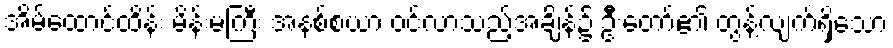
အိမ်ထောင်ထိန်း မိန်းမကြီး အနစ်စယာ ဝင်လာသည့်အချိန်၌ ဦးတော်၏ တွန့်လျက်ရှိသော